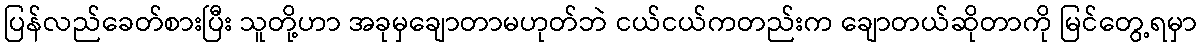
ပြန်လည်ခေတ်စားပြီး သူတို့ဟာ အခုမှချောတာမဟုတ်ဘဲ ငယ်ငယ်ကတည်းက ချောတယ်ဆိုတာကို မြင်တွေ့ရမှာ